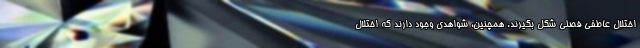
اختلال عاطفی فصلی شکل بگیرند. همچنین، شواهدی وجود دارند که اختلال